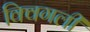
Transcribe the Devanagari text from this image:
क्विगली